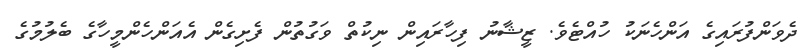
ދެވަންފުރައިގެ އަންހެނަކު ހުއްޓެވެ. ޒީޝާނު ފިހާރައިން ނިކުތް ވަގުތުން ފެށިގެން އެއަންހެންމީހާގެ ބެލުމުގެ